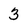
Character: 3